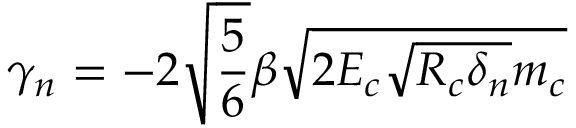
\gamma _ { n } = - 2 \sqrt { \frac { 5 } { 6 } } \beta \sqrt { 2 E _ { c } \sqrt { R _ { c } \delta _ { n } } m _ { c } }